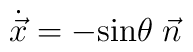
{\dot{\vec x}}=-\mbox{sin}\theta \; \vec n